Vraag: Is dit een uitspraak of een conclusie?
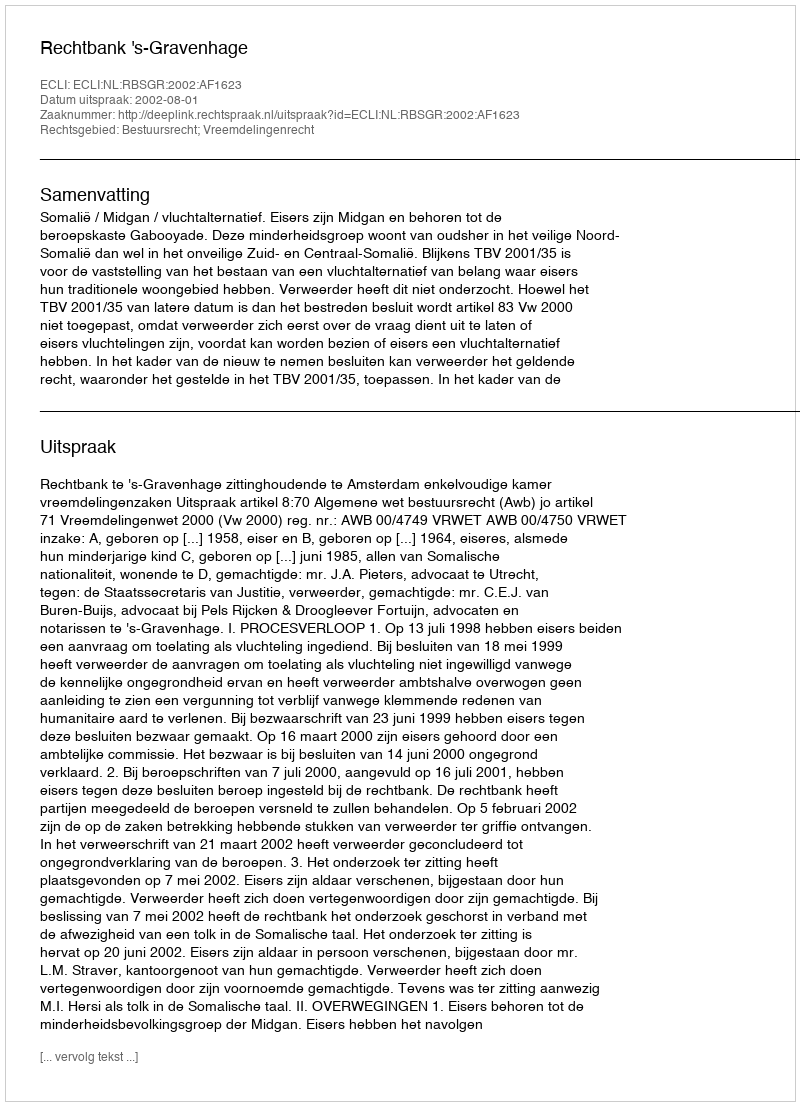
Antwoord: Uitspraak